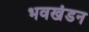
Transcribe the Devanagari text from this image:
भवखंडन